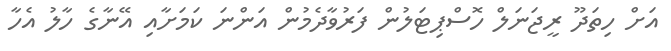
އަށް ހިތަދޫ ރީޖަނަލް ހޮސްޕިޓަލުން ފަރުވާދެމުން އަންނަ ކަމަށާއި އޭނާގެ ހާލު އެހާ